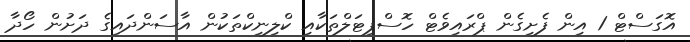
އޮގަސްޓް 1 އިން ފެށިގެން ޕްރައިވެޓް ހޮސްޕިޓަލްތަކާއި ކްލިނިކްތަކުން އާސަންދައިގެ ދަށުން ހޯދާ